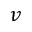
v